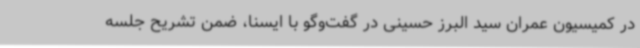
در کمیسیون عمران سید البرز حسینی در گفت‌وگو با ایسنا، ضمن تشریح جلسه